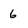
Character: 6